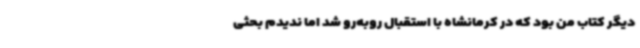
دیگر کتاب من بود که در کرمانشاه با استقبال روبه‌رو شد اما ندیدم بحثی